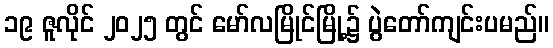
၁၉ ဇူလိုင် ၂၀၂၅ တွင် မော်လမြိုင်မြို့၌ ပွဲတော်ကျင်းပမည်။